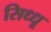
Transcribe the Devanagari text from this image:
सिध्धू